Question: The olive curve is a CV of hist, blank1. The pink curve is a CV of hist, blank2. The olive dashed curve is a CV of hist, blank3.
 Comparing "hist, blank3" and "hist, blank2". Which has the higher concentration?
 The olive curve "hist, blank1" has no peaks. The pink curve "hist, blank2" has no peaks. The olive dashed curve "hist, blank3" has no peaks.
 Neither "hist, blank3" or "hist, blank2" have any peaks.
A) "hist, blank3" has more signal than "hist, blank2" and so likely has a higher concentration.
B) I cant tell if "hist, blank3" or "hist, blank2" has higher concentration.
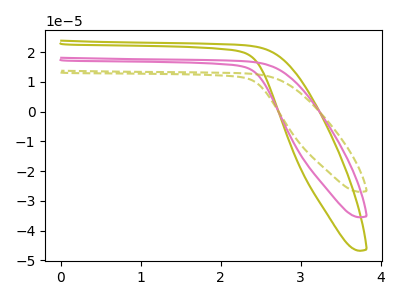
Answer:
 <answer>B) I cant tell if "hist, blank3" or "hist, blank2" has higher concentration.</answer>
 <eval>B</eval>